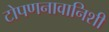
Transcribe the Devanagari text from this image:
टोपणनावानिशी